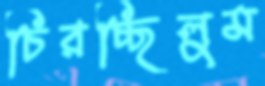
চিরচ্ছিলুম